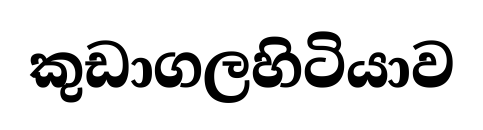
කුඩාගලහිටියාව